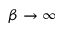
\beta \rightarrow \infty